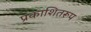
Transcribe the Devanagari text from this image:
प्रकाशितरूप